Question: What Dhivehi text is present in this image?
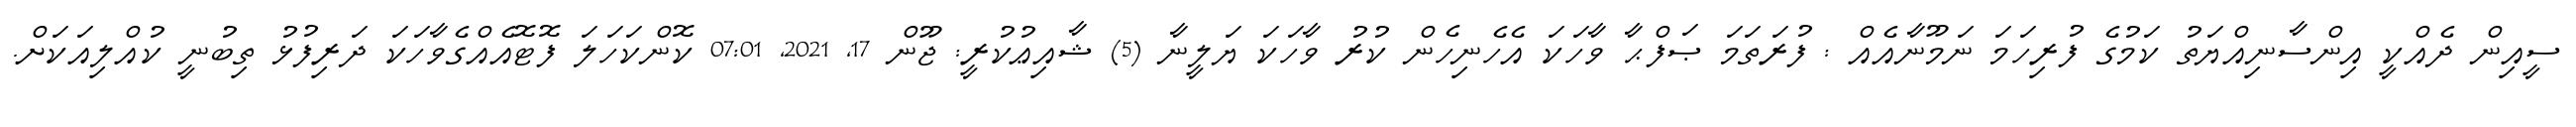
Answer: ސީއިން ދެއްކީ އިންސާނިއްޔަތު ކަމުގެ ފުރިހަމަ ނަމޫނާއެއް : ފުރަތަމަ ޞަފްޙާ ވާހަކަ އެހެނިހެން ކުރު ވާހަކަ ޔަލީނާ (5) ޝާއިޢުކުރީ: ޖޫން 17, 2021, 07:01 ކޮންކަހަލަ ފޮޓޮއެއްގެވާހަކަ ދަރިފުޅު ތިބުނީ ކުއްލިއަކަށް.